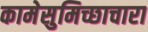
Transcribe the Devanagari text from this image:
कामेसुमिच्छाचारा